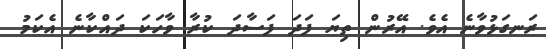
ރަނގަޅުވާނެ އެވެ. އޭރުން ތިޔަ ފަދަ ފަސާދަ ކުރާ ވާހަކަ ދައްކާނެ އެކަމު